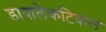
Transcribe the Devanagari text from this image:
डायालेकटिकल